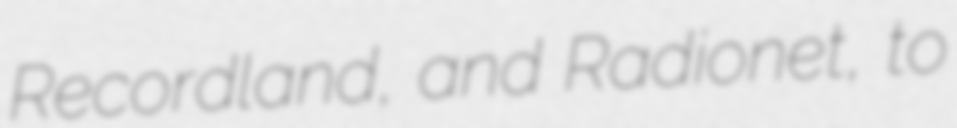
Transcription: Recordland, and Radionet, to